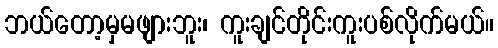
ဘယ်တော့မှမဖျားဘူး၊ ကူးချင်တိုင်းကူးပစ်လိုက်မယ်။